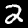
Digit: 2